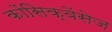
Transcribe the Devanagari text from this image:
कोंसिक्वेंसेज़